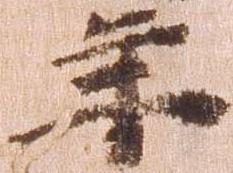
年